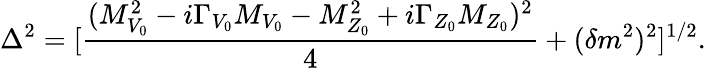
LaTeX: \Delta^{2}=[\frac{(M_{V_{0}}^{2}-i\Gamma_{V_{0}}M_{V_{0}}-M_{Z_{0}}^{2}+i\Gamma_{Z_{0}}M_{Z_{0}})^{2}}{4}+(\delta m^{2})^{2}]^{1/2}.